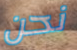
نحن